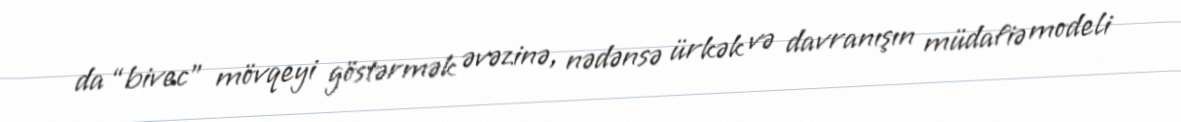
da “bivec” mövqeyi göstərmək əvəzinə, nədənsə ürkək və davranışın müdafiə modeli